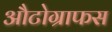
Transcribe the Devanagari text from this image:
औटोग्राफस